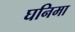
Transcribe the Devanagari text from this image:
घनिमा